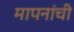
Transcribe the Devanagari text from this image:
मापनांची